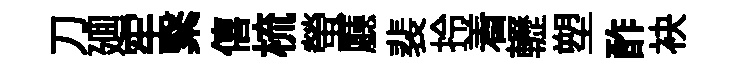
刀廽牢繄僖梳螢廳裴拎着轣塑酢袂